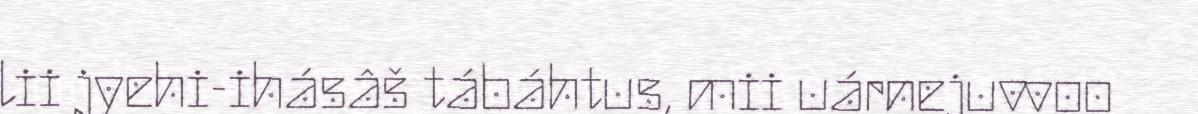
lii jyehi-ihásâš tábáhtus, mii uárnejuvvoo